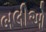
બલીઓ